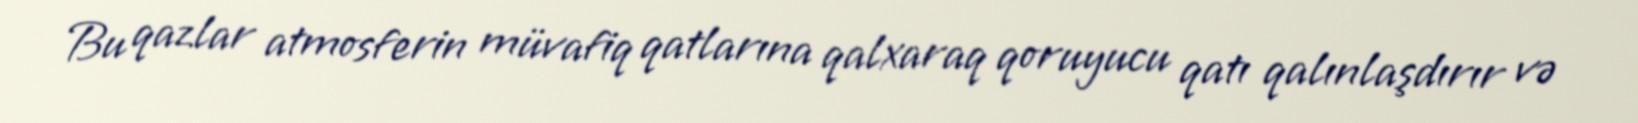
Bu qazlar atmosferin müvafiq qatlarına qalxaraq qoruyucu qatı qalınlaşdırır və